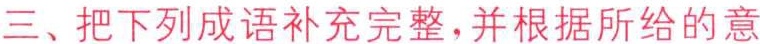
三、把下列成语补充完整，并根据所给的意